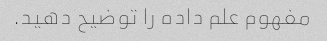
مفهوم علم داده را توضیح دهید.